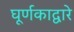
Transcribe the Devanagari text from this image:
घूर्णकाद्वारे